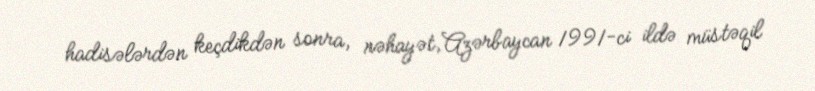
hadisələrdən keçdikdən sonra, nəhayət, Azərbaycan 1991-ci ildə müstəqil